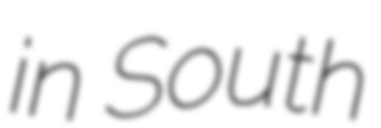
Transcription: in South